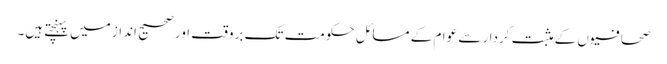
صحافیوں کے مثبت کردار سے عوام کے مسائل حکومت تک بروقت اور صحیح انداز میں پہنچتے ہیں۔